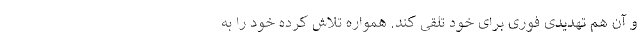
و آن هم تهدیدی فوری برای خود تلقی کند. همواره تلاش کرده خود را به